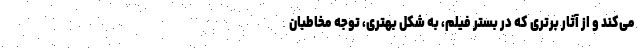
می‌کند و از آثار برتری که در بستر فیلم، به شکل بهتری، توجه مخاطبان